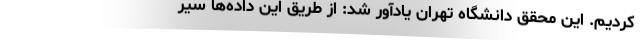
کردیم. این محقق دانشگاه تهران یادآور شد: از طریق این داده‌ها سیر